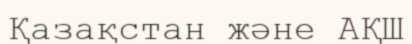
Қазақстан және АҚШ